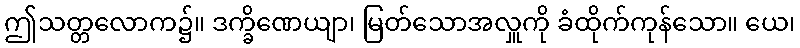
ဤသတ္တလောက၌။ ဒက္ခိဏေယျာ၊ မြတ်သောအလှူကို ခံထိုက်ကုန်သော။ ယေ၊